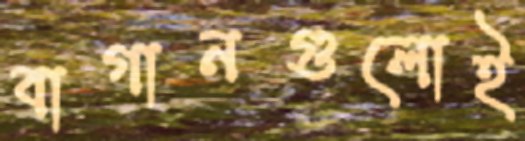
বাগানগুলোই